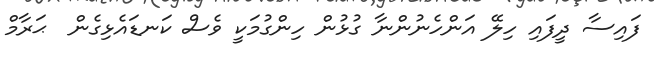
ފައިސާ ދީފައި ހިލޭ އަންހެނުންނާ ގުޅުން ހިންގުމަކީ ވެސް ކަނޑައެޅިގެން  ޙަރާމް